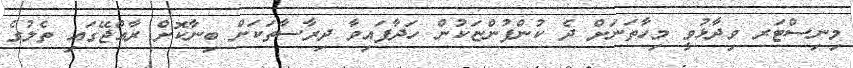
މިނިސްޓަރ ވިދާޅުވީ މިހާތަނަށް ދެ ކުންފުންޏަކުން ހަދާފައިވާ ދިރާސާތަކަށް ބިނާކޮށް ރާއްޖޭގައި ތެލުގެ